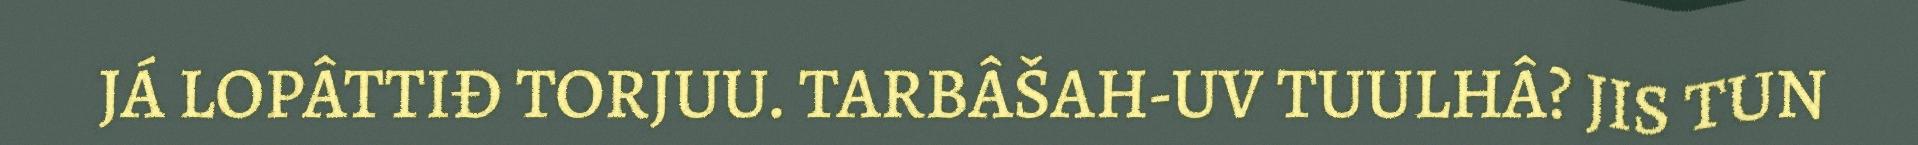
JÁ LOPÂTTIĐ TORJUU. TARBÂŠAH-UV TUULHÂ? JIS TUN